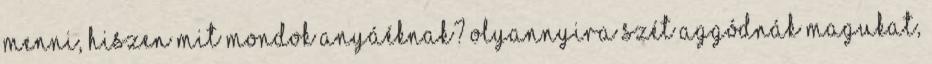
menni, hiszen mit mondok anyáéknak? Olyannyira szét aggódnák magukat,